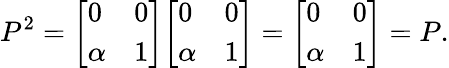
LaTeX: P^{2}={\left[\begin{array}{ll}{0}&{0}\\ {\alpha}&{1}\end{array}\right]}{\left[\begin{array}{ll}{0}&{0}\\ {\alpha}&{1}\end{array}\right]}={\left[\begin{array}{ll}{0}&{0}\\ {\alpha}&{1}\end{array}\right]}=P.